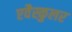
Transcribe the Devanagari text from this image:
एवैस्कुलर